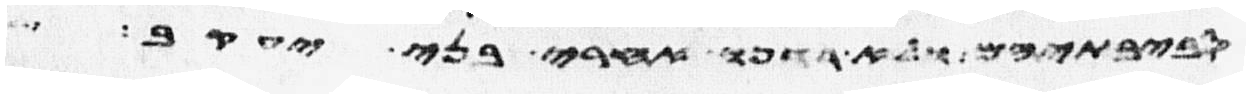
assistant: סביבתיהם ולא רדפו אחרי בני יעקב